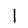
Digit: 1